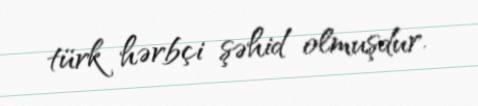
türk hərbçi şəhid olmuşdur.